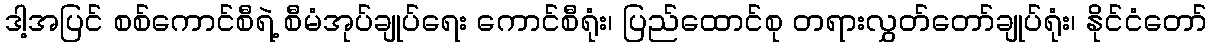
ဒါ့အပြင် စစ်ကောင်စီရဲ့ စီမံအုပ်ချုပ်ရေး ကောင်စီရုံး၊ ပြည်ထောင်စု တရားလွှတ်တော်ချုပ်ရုံး၊ နိုင်ငံတော်